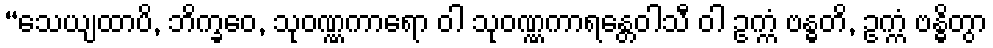
“သေယျထာပိ, ဘိက္ခဝေ, သုဝဏ္ဏကာရော ဝါ သုဝဏ္ဏကာရန္တေဝါသီ ဝါ ဥက္ကံ ဗန္ဓတိ, ဥက္ကံ ဗန္ဓိတွာ